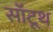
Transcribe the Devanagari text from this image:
सॉटूथ